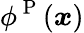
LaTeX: \phi^{\mathrm{~P~}}({\boldsymbol{x}})